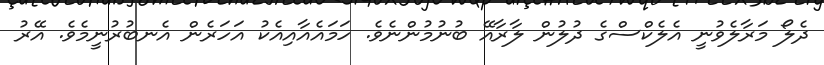
ދެލޯ މަރާލެވުނީ އެލެކްސްގެ ދުލުން ލާރާއޭ ބުނުމުންނެވެ. ހަމައެއާއިއެކު އަހަރެން އެނބުރުނީމެވެ. އޭރު